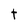
Character: t